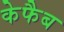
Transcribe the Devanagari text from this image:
केफैब